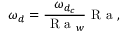
\omega _ { d } = \frac { \omega _ { d _ { c } } } { \textrm { R a } _ { w } } \textrm { R a } ,